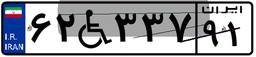
۶۲W۳۳۷۹۱